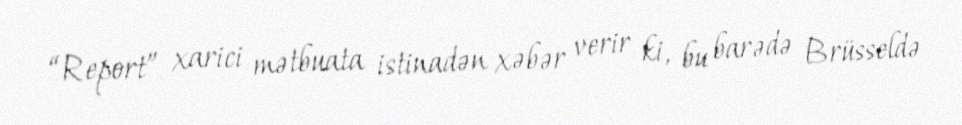
“Report” xarici mətbuata istinadən xəbər verir ki, bu barədə Brüsseldə